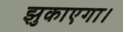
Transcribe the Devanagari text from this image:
झुकाएगा।